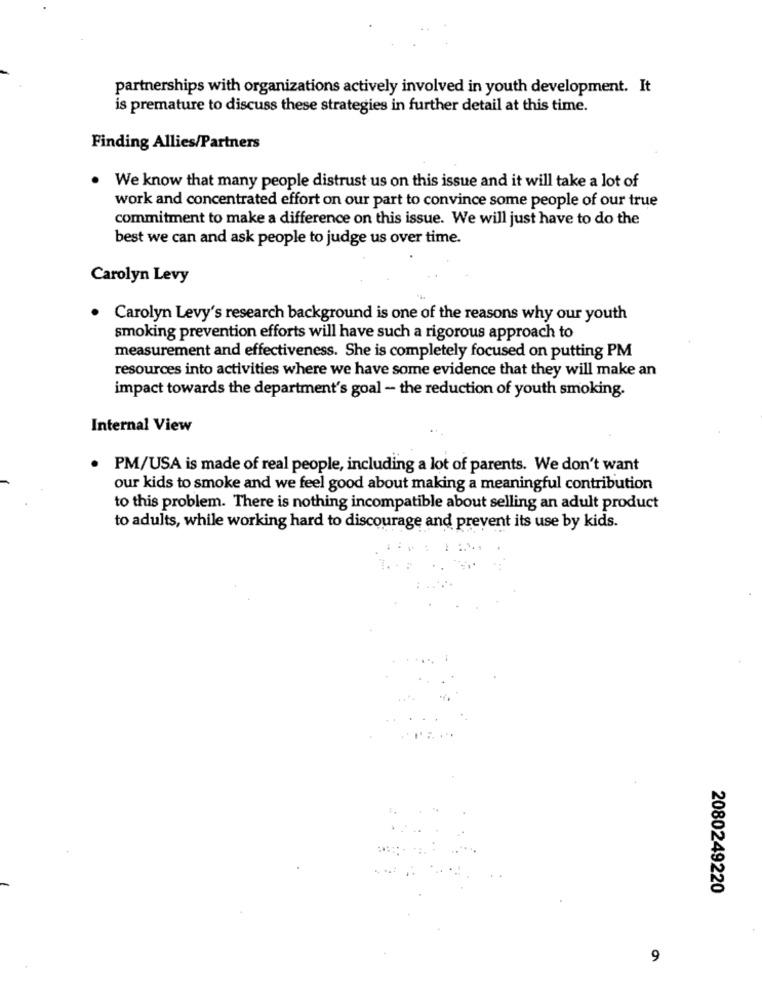
partnerships with organizations actively involved in youth development. It
is premature to discuss these strategies in further detail at this time.
Finding Allies/Partners
. We know that many people distrust us on this issue and it will take a lot of
work and concentrated effort on our part to convince some people of our true
commitment to make a difference on this issue. We will just have to do the
best we can and ask people to judge us over time.
Carolyn Levy
. Carolyn Levy's research background is one of the reasons why our youth
smoking prevention efforts will have such a rigorous approach to
measurement and effectiveness. She is completely focused on putting PM
resources into activities where we have some evidence that they will make an
impact towards the department's goal - the reduction of youth smoking.
Internal View
· PM/USA is made of real people, including a lot of parents. We don't want
our kids to smoke and we feel good about making a meaningful contribution
to this problem. There is nothing incompatible about selling an adult product
to adults, while working hard to discourage and prevent its use by kids.
2080249220
9